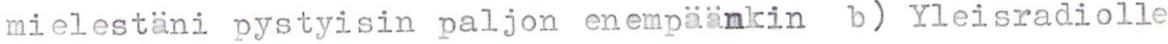
mielestäni pystyisin paljon enempäänkin b) Yleisradiolle